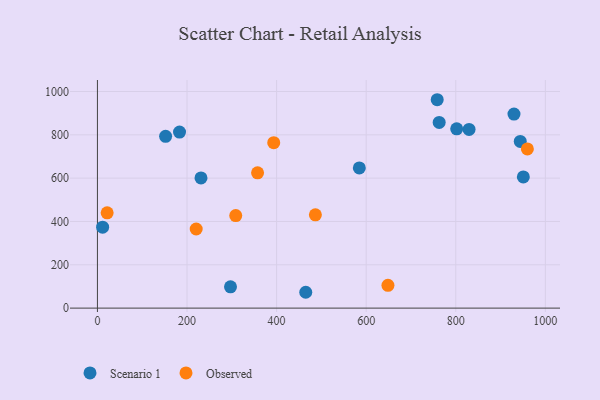
{"axis": {"x": "Engine Size", "y": "Salary"}, "legend": ["Observed", "Scenario 1"], "data": [{"x": "829.7", "y": 825.0, "type": "Scenario 1"}, {"x": "465.1", "y": 73.1, "type": "Scenario 1"}, {"x": "802.1", "y": 827.7, "type": "Scenario 1"}, {"x": "11.6", "y": 373.8, "type": "Scenario 1"}, {"x": "950.9", "y": 605.7, "type": "Scenario 1"}, {"x": "231.2", "y": 601.2, "type": "Scenario 1"}, {"x": "944.0", "y": 769.6, "type": "Scenario 1"}, {"x": "584.7", "y": 647.2, "type": "Scenario 1"}, {"x": "152.2", "y": 793.2, "type": "Scenario 1"}, {"x": "758.6", "y": 962.1, "type": "Scenario 1"}, {"x": "930.0", "y": 895.9, "type": "Scenario 1"}, {"x": "183.3", "y": 812.8, "type": "Scenario 1"}, {"x": "763.0", "y": 857.3, "type": "Scenario 1"}, {"x": "297.1", "y": 98.4, "type": "Scenario 1"}, {"x": "648.6", "y": 105.1, "type": "Observed"}, {"x": "959.9", "y": 734.8, "type": "Observed"}, {"x": "21.7", "y": 440.1, "type": "Observed"}, {"x": "308.8", "y": 427.2, "type": "Observed"}, {"x": "486.6", "y": 430.5, "type": "Observed"}, {"x": "393.6", "y": 763.7, "type": "Observed"}, {"x": "220.5", "y": 365.3, "type": "Observed"}, {"x": "357.5", "y": 624.4, "type": "Observed"}]}